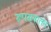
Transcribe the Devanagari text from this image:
रूपसनातन